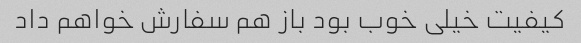
کیفیت خیلی خوب بود باز هم سفارش خواهم داد